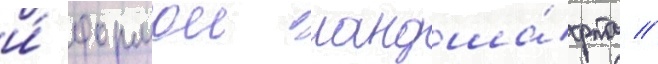
и́ формои ландша́фта //